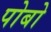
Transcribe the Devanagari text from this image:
पोबो